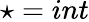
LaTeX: \star=int